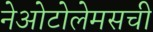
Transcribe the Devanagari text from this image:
नेओटोलेमसची